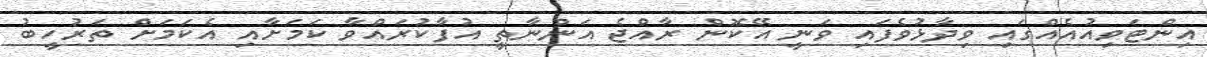
އިންޓަވިއުއެއްގައި ވިދާޅުވެފައި ވަނީ އޭކޮން ރާއްޖެ އަންނާތީ އުފާކުރައްވާ ކަމަށާއި އެކަމަށް ތަރުހީބު